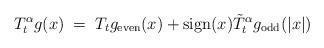
LaTeX: \begin{align*} T_t^\alpha g(x)\;=\; T_tg_{\textrm{even}}(x)+\textrm{sign}(x)\tilde{T}_t^\alpha g_{\textrm{odd}}(|x|)\end{align*}